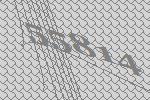
55814